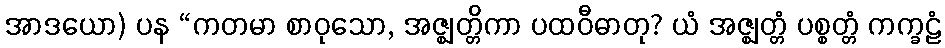
အာဒယော) ပန “ကတမာ စာဝုသော, အဇ္ဈတ္တိကာ ပထဝီဓာတု? ယံ အဇ္ဈတ္တံ ပစ္စတ္တံ ကက္ခဠံ